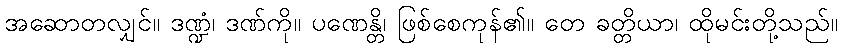
အဆောတလျှင်။ ဒဏ္ဍံ၊ ဒဏ်ကို။ ပဏေန္တိ၊ ဖြစ်စေကုန်၏။ တေ ခတ္တိယာ၊ ထိုမင်းတို့သည်။